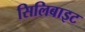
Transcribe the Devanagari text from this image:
सिलिबाइट